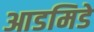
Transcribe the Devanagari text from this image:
आडमिडे